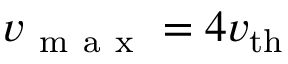
v _ { \mathrm { ~ m ~ a ~ x ~ } } = 4 v _ { \mathrm { t h } }